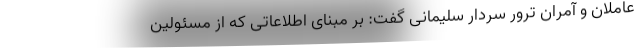
عاملان و آمران ترور سردار سلیمانی گفت: بر مبنای اطلاعاتی که از مسئولین